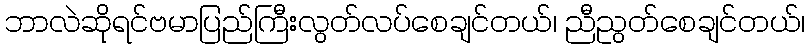
ဘာလဲဆိုရင်ဗမာပြည်ကြီးလွတ်လပ်စေချင်တယ်၊ ညီညွတ်စေချင်တယ်၊